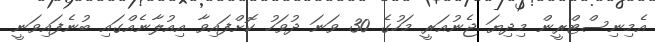
އެމިނިސްޓްރީން މިދިޔަ ޖެނުއަރީ މަހުގެ 30 ވަނަ ދުވަހު ކޮށްފައިވާ އިއުލާނެއްގައި ބުނެފައިވަނީ